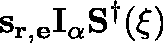
\mathbf { s } _ { \mathbf { r } , \mathbf { e } } \mathbf { I } _ { \alpha } \mathbf { S } ^ { \dagger } ( \mathbf { \xi } )